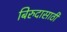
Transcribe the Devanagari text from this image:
बिरुदासाठी